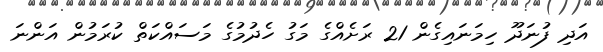
އަދި ފުނަދޫ ހިމަނައިގެން 21 ރަށެއްގެ މަގު ހެދުމުގެެ މަސައްކަތް ކުރަމުން އަންނަ